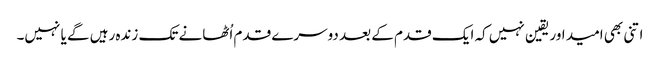
اتنی بھی امید اور یقین نہیں کہ ایک قدم کے بعد دوسرے قدم اُٹھانے تک زندہ رہیں گے یا نہیں۔